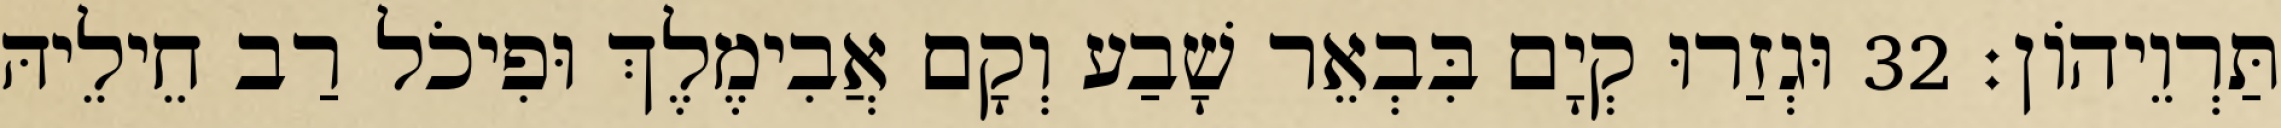
תַּרְוֵיהוֹן׃ 32 וּגְזַרוּ קְיָם בִּבְאֵר שָׁבַע וְקָם אֲבִימֶלֶךְ וּפִיכֹל רַב חֵילֵיהּ